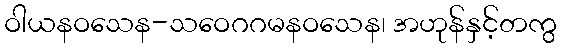
ဝါယနဝသေန-သဝေဂဂမနဝသေန၊ အဟုန်နှင့်တကွ